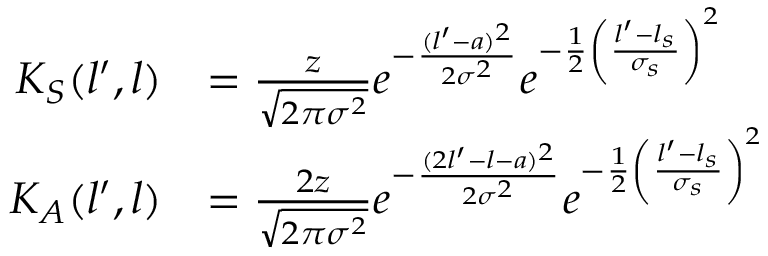
\begin{array} { r l } { K _ { S } ( l ^ { \prime } , l ) } & { = \frac { z } { \sqrt { 2 \pi \sigma ^ { 2 } } } e ^ { - \frac { ( l ^ { \prime } - a ) ^ { 2 } } { 2 \sigma ^ { 2 } } } e ^ { - \frac { 1 } { 2 } \left( \frac { l ^ { \prime } - l _ { s } } { \sigma _ { s } } \right) ^ { 2 } } } \\ { K _ { A } ( l ^ { \prime } , l ) } & { = \frac { 2 z } { \sqrt { 2 \pi \sigma ^ { 2 } } } e ^ { - \frac { ( 2 l ^ { \prime } - l - a ) ^ { 2 } } { 2 \sigma ^ { 2 } } } e ^ { - \frac { 1 } { 2 } \left( \frac { l ^ { \prime } - l _ { s } } { \sigma _ { s } } \right) ^ { 2 } } } \end{array}